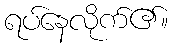
ရပ်နေလိုက်၏။